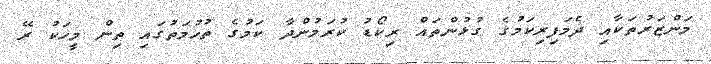
މަންޒަރުތަކާއި ދެމަފިރިކަމުގެ ގުޅުންތައް ރިކޯޑު ކުރަމުންދާ ކަމުގެ ތުހުމަތުގައި ތިން މީހަކު ރޭ